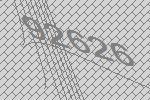
92626